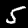
Label: 5